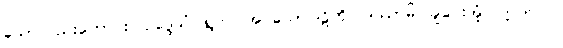
သော်လည်းကောင်း။ ဥဒ္ဒေသံ၊ ရွက်ပြအပ်သောဝါဠိကို။ ဒဿာမိ၊ ချပေးအံ့။ ဣတိ ဝါ၊